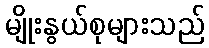
မျိုးနွယ်စုများသည်